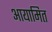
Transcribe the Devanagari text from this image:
आयामित